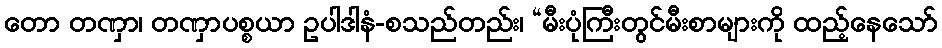
တော တဏှာ၊ တဏှာပစ္စယာ ဥပါဒါနံ-စသည်တည်း၊ “မီးပုံကြီးတွင်မီးစာများကို ထည့်နေသော်